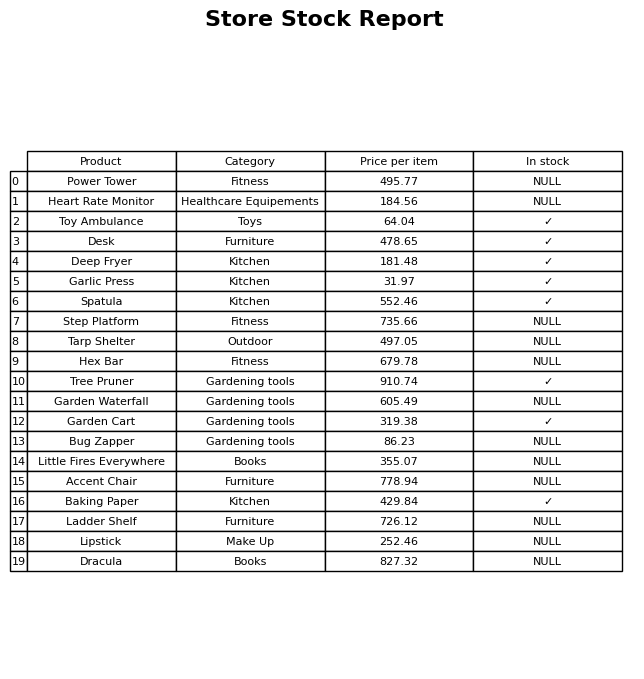
question: What is the stock status of the Garlic Press?
answer: ✓